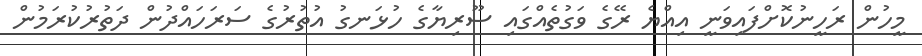
މީހުން ރަހީނުކޮށްފައިވަނީ އިއްޔެ ރޭގެ ވަގުތެއްގައި ސޫރިޔާގެ ހުޅަނގު އުތުރުގެ ސަރަހައްދުން ދަތުރުކުރަމުން